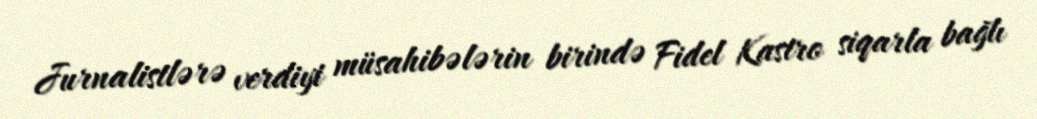
Jurnalistlərə verdiyi müsahibələrin birində Fidel Kastro siqarla bağlı